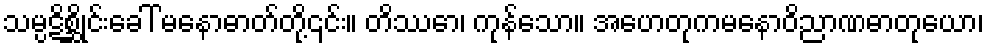
သမ္ပဋိစ္ဆိုင်းခေါ် မနောဓာတ်တို့၎င်း။ တိဿော၊ ကုန်သော။ အဟေတုကမနောဝိညာဏဓာတုယော၊